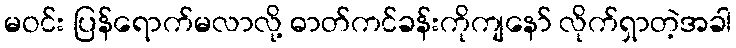
မဝင်း ပြန်ရောက်မလာလို့ ဓာတ်ကင်ခန်းကိုကျနော် လိုက်ရှာတဲ့အခါ